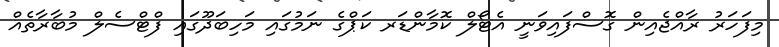
މިފަހަރު ރާއްޖެއިން ގޮސްފައިވަނީ އެޓޯލް ކޮމާންޑަރ ކަޕްގެ ނަމުގައި މަހިބަދޫގައި ފްޓްސެލް މުބާރާތެއް